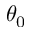
\theta _ { 0 }